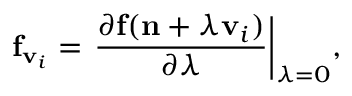
{ \displaystyle { \bf f } _ { { \bf v } _ { i } } = \left. \frac { \partial { \bf f } ( { \bf n } + \lambda { \bf v } _ { i } ) } { \partial \lambda } \right\vert _ { \lambda = 0 } } ,